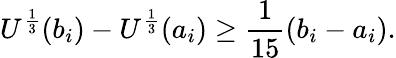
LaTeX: U^{\frac{1}{3}}(b_{i})-U^{\frac{1}{3}}(a_{i})\geq\frac{1}{15}(b_{i}-a_{i}).